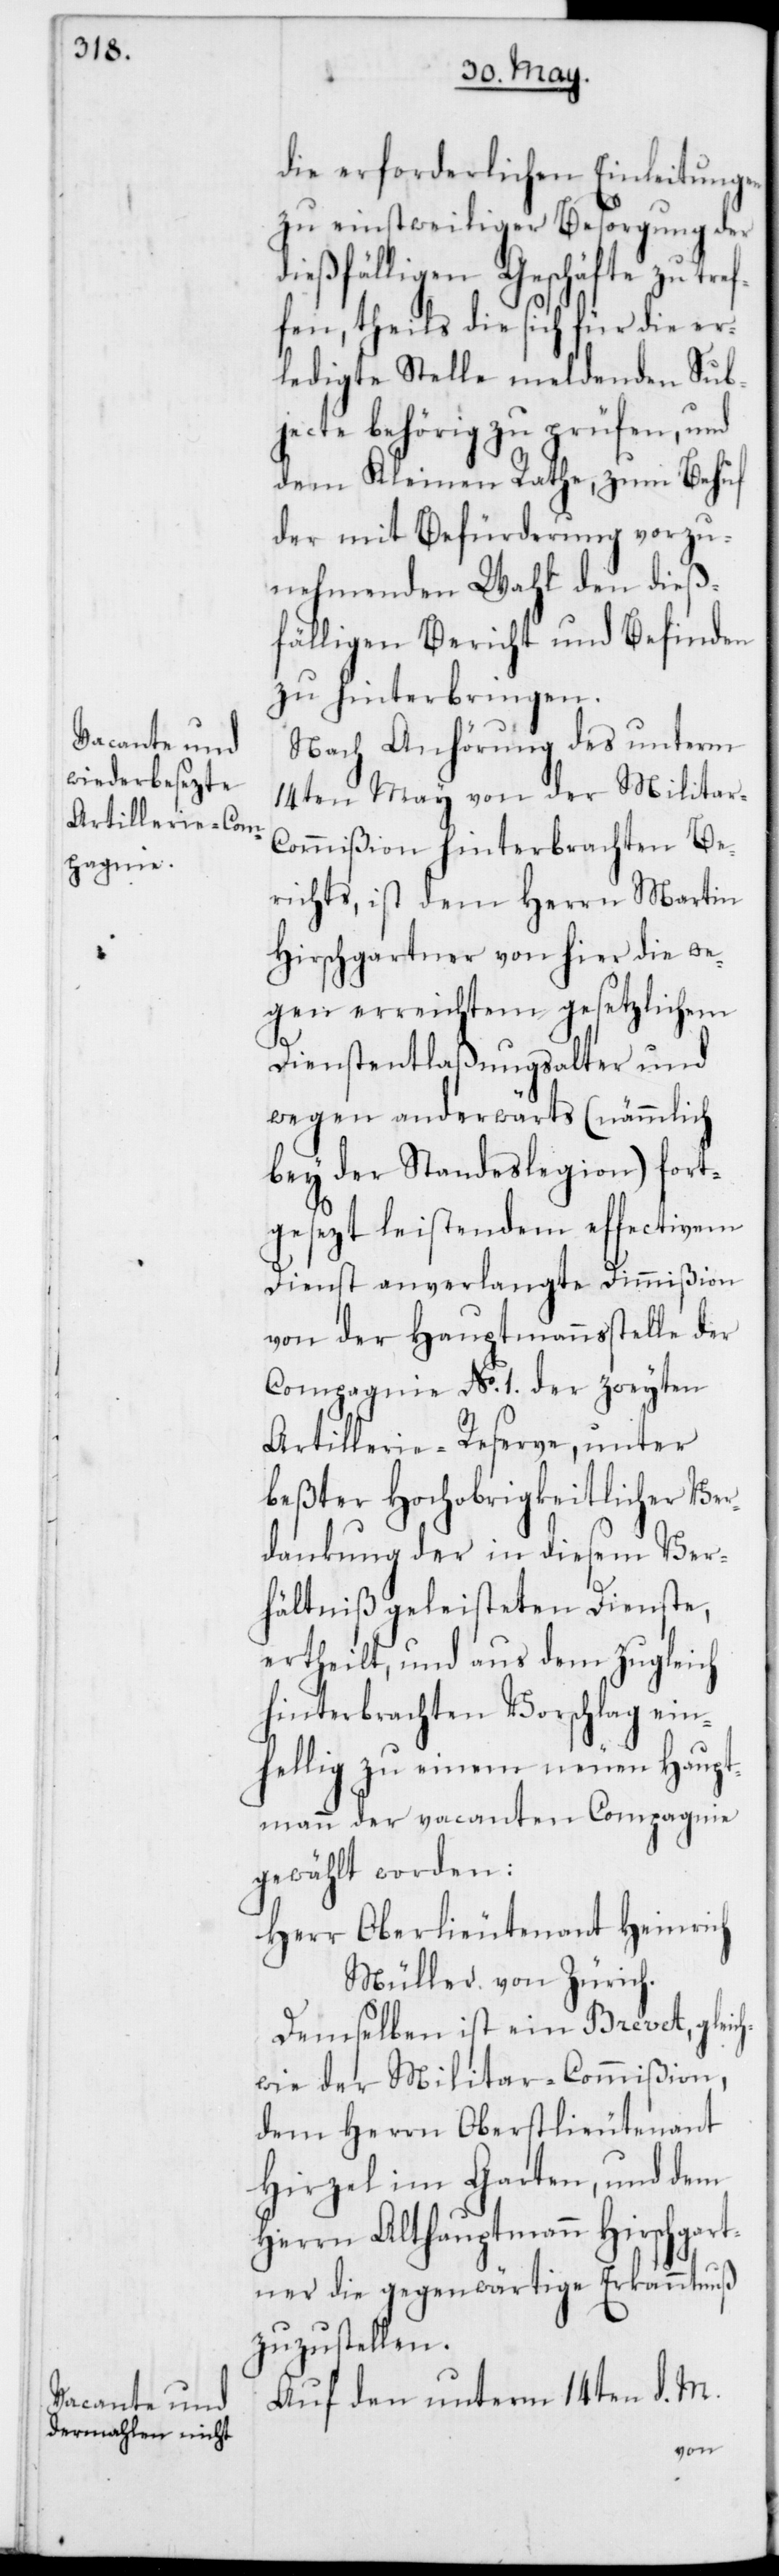
die erforderlichen Einleitungen
zu einstweiliger Besorgung der
dießfälligen Geschäfte zu tref¬
fen, theils die sich für die er¬
ledigte Stelle meldenden Sub¬
jecte behörig zu prüfen, und
dem Kleinen Rathe zum Behuf
der mit Befürderung vorzu¬
nehmenden Wahl den dieß¬
fälligen Bericht und Befinden
zu hinterbringen.
Nach Anhörung des unterm
14ten May von der Militar-C¬
ommißion hinterbrachten Be¬
richts, ist dem Herrn Martin
Hirschgartner von hier die we¬
gen erreichtem gesetzlichem
Dienstentlaßungsalter und
wegen anderwärts (nämmlich
bey der Standeslegion) fort¬
gesezt leistendem effectivem
Dienst anverlangte Dimmißion
von der Hauptmannsstelle der
Compagnie No 1. der zweyten
Artillerie-Reserve, unter
beßter Hochobrigkeitlicher Ver¬
dankung der in diesem Ver¬
hältniß geleisteten Dienste,
ertheilt, und aus dem zugleich
hinterbrachten Vorschlag ein¬
hellig zu einem neuen Haupt¬
mann der vacanten Compagnie
gewählt worden:
Herr Oberlieutenant Heinrich
Müller von Zürich.
Demselben ist ein Brevet, gleich¬
wie der Militar-Commißion,
dem Herrn Oberstlieutenant
Hirzel im Garten, und dem
Herrn Althauptmann Hirschgar¬
tner die gegenwärtige Erkanntnuß
zuzustellen.
Auf den unterm 14ten d. M.